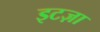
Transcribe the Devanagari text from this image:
इटज़ा